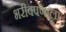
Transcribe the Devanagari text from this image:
भरीवपणाला